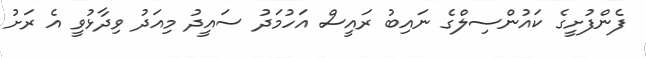
ފެންފުށީގެ ކައުންސިލްގެ ނައިބު ރައީސް އަހުމަދު ސައީދު މިއަދު ވިދާޅުވީ އެ ރަށު